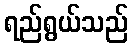
ရည်ရွယ်သည်